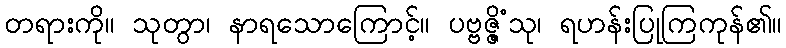
တရားကို။ သုတွာ၊ နာရသောကြောင့်။ ပဗ္ဗဇ္ဇိံသု၊ ရဟန်းပြုကြကုန်၏။